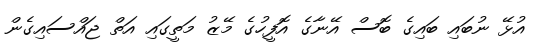
އުޅޭ ނުބައި ބައިގެ ބޮސް އޭނާގެ އޮފީހުގެ މޭޒު މަތީގައި އަތް ޖައްސައިގެން